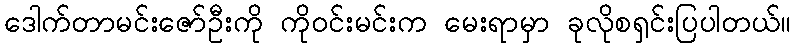
ဒေါက်တာမင်းဇော်ဦးကို ကိုဝင်းမင်းက မေးရာမှာ ခုလိုစရှင်းပြပါတယ်။